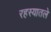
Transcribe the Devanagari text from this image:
रहस्यातले